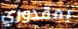
بمقدوري